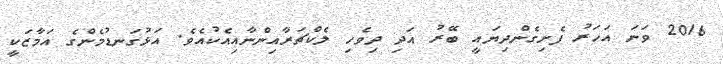
2016 ވަނަ އަހަރު ފެށިގެންދިޔައީ ބޭރު އަދި ދިވެހި ލެކްޗަރާއިންނާއިއެކުއެވެ. އަޅުގަނޑުމެންގެ އަމާޒަކީ